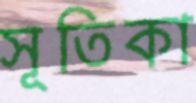
সূতিকা